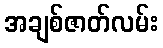
အချစ်ဇာတ်လမ်း